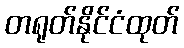
တရုတ်နိုင်ငံထုတ်